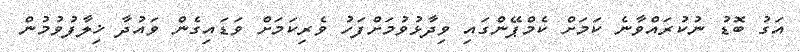
އަގު ބޮޑު ނުކުރައްވާނެ ކަމަށް ކެމްޕޭންގައި ވިދާޅުވުމަށްފަހު ވެރިކަމަށް ވަޑައިގެން ވައުދާ ޚިލާފުވުމުން